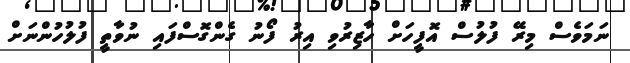
ނަމަވެސް މިރޭ ފުލުސް އޮފީހަށް ހާޒިރުވި އިރު ފޯނު ގެންގޮސްފައި ނުވާތީ ފުލުހުންނަށް